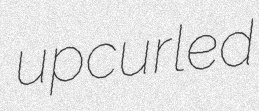
upcurled